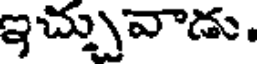
ఇచ్చువాడు.